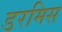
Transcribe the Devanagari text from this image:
डरमिस